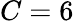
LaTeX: C=6